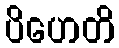
ပိဟေတိ